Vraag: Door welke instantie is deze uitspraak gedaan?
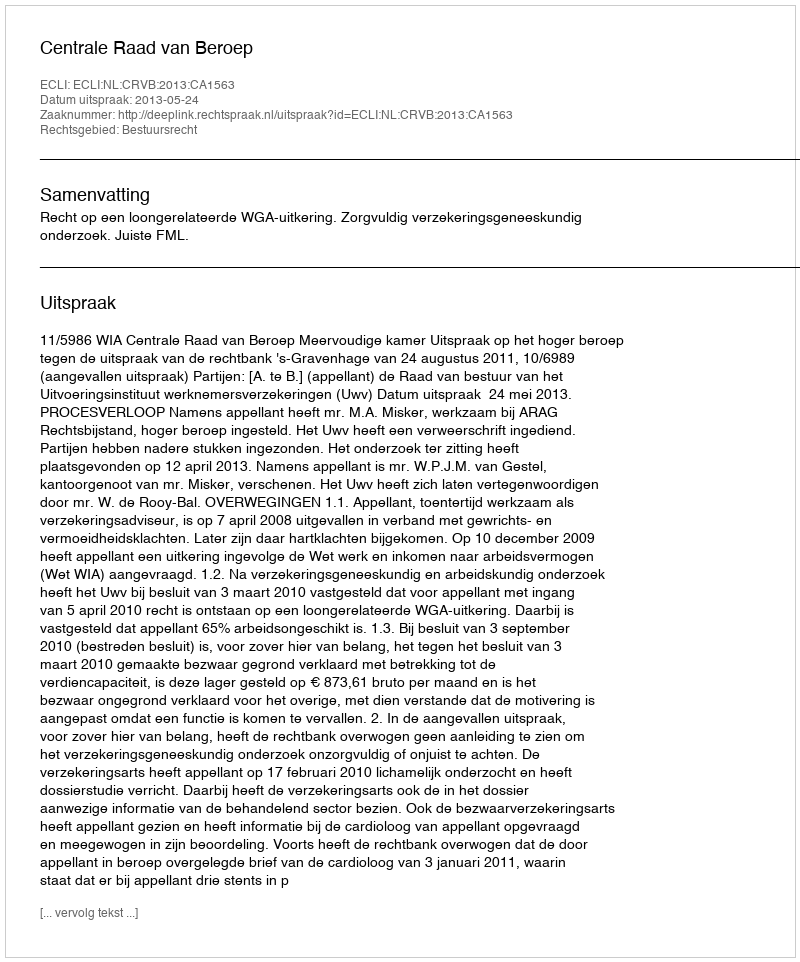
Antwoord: Centrale Raad van Beroep